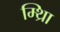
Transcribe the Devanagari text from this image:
म्थ्राि